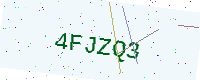
Text: 4FJZQ3